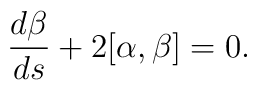
\frac{d\beta}{ds}+2[\alpha, \beta]=0.